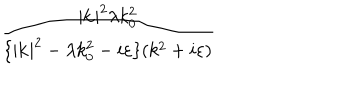
LaTeX: \frac { | \mathbf { k } | ^ { 2 } \lambda k _ { 0 } ^ { 2 } } { \{ | \mathbf { k } | ^ { 2 } - \lambda k _ { 0 } ^ { 2 } - i \varepsilon \} ( k ^ { 2 } + i \varepsilon ) }